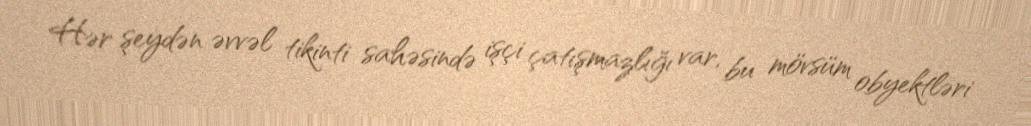
Hər şeydən əvvəl tikinti sahəsində işçi çatışmazlığı var, bu mövsüm obyektləri